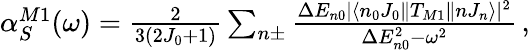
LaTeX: \begin{array}{r}{\alpha_{S}^{M1}(\omega)=\frac{2}{3(2J_{0}+1)}\sum_{n\pm}\frac{\Delta E_{n0}|\langle n_{0}J_{0}\| T_{M1}\| nJ_{n}\rangle|^{2}}{\Delta E_{n0}^{2}-\omega^{2}}\, ,}\end{array}